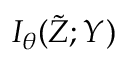
I _ { \theta } ( \tilde { Z } ; Y )